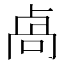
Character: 卨